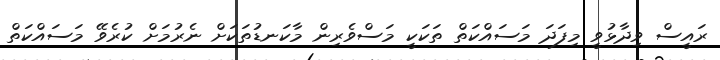
ރައީސް ވިދާޅުވީ މިފަދަ މަސައްކަތް ތަކަކީ މަސްވެރިން މާކަނޑުތަކަށް ނެރުމަށް ކުރެވޭ މަސައްކަތް